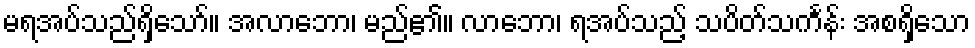
မရအပ်သည်ရှိသော်။ အလာဘော၊ မည်၏။ လာဘော၊ ရအပ်သည့် သပိတ်သင်္ကန်း အစရှိသော